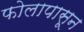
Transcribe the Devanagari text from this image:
फोलापासून